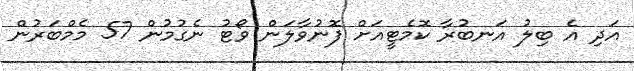
އަދި އެ ބިލު އަނބުރާ ކޮމެޓީއަށް ފޮނުވާލަން ވޯޓު ނެގުމުން 57 މެމްބަރުން